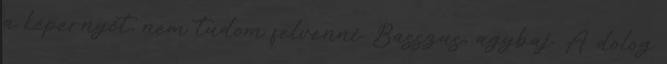
a képernyőt, nem tudom felvenni. Basszus, agybaj. A dolog